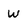
Character: W